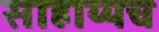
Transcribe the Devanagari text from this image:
साहाय्यच